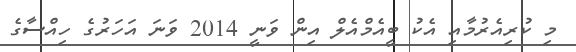
މި ކުރިއެރުމާއި އެކު ބީއެމްއެލް އިން ވަނީ 2014 ވަނަ އަހަރުގެ ހިއްސާގެ